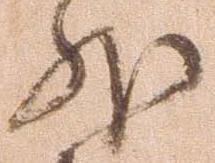
外